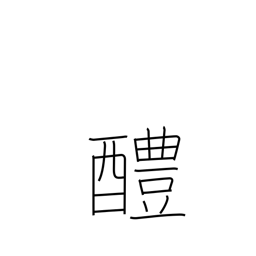
Meaning: sweet sake